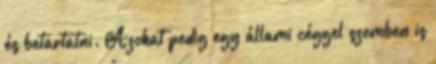
és betartatni. Azokat pedig egy állami céggel szemben is